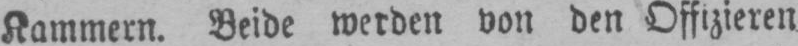
Kammern. Beide werden von den Offizieren